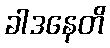
ခါဒနေတိ